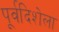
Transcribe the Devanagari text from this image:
पूर्वदिशेला